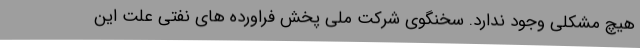
هیچ مشکلی وجود ندارد. سخنگوی شرکت ملی پخش فراورده های نفتی علت این